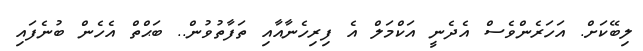
ލިބޭކަށް. އަހަރެންވެސް އެދެނީ އަކްމަލް އެ ފިރިހެނާއާއި ތަފާތުވުން.. ބަޙްތް އެހެން ބުނެފައި